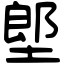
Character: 𡏅